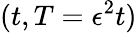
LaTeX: (t,T=\epsilon^{2}t)